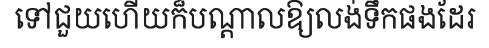
ទៅជួយហើយក៏បណ្តាលឱ្យលង់ទឹកផងដែរ